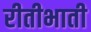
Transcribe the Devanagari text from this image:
रीतीभाती